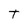
Character: T